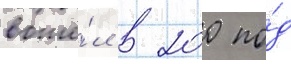
вошё́л в 200 по́д